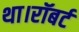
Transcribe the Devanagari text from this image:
था।रॉबर्ट